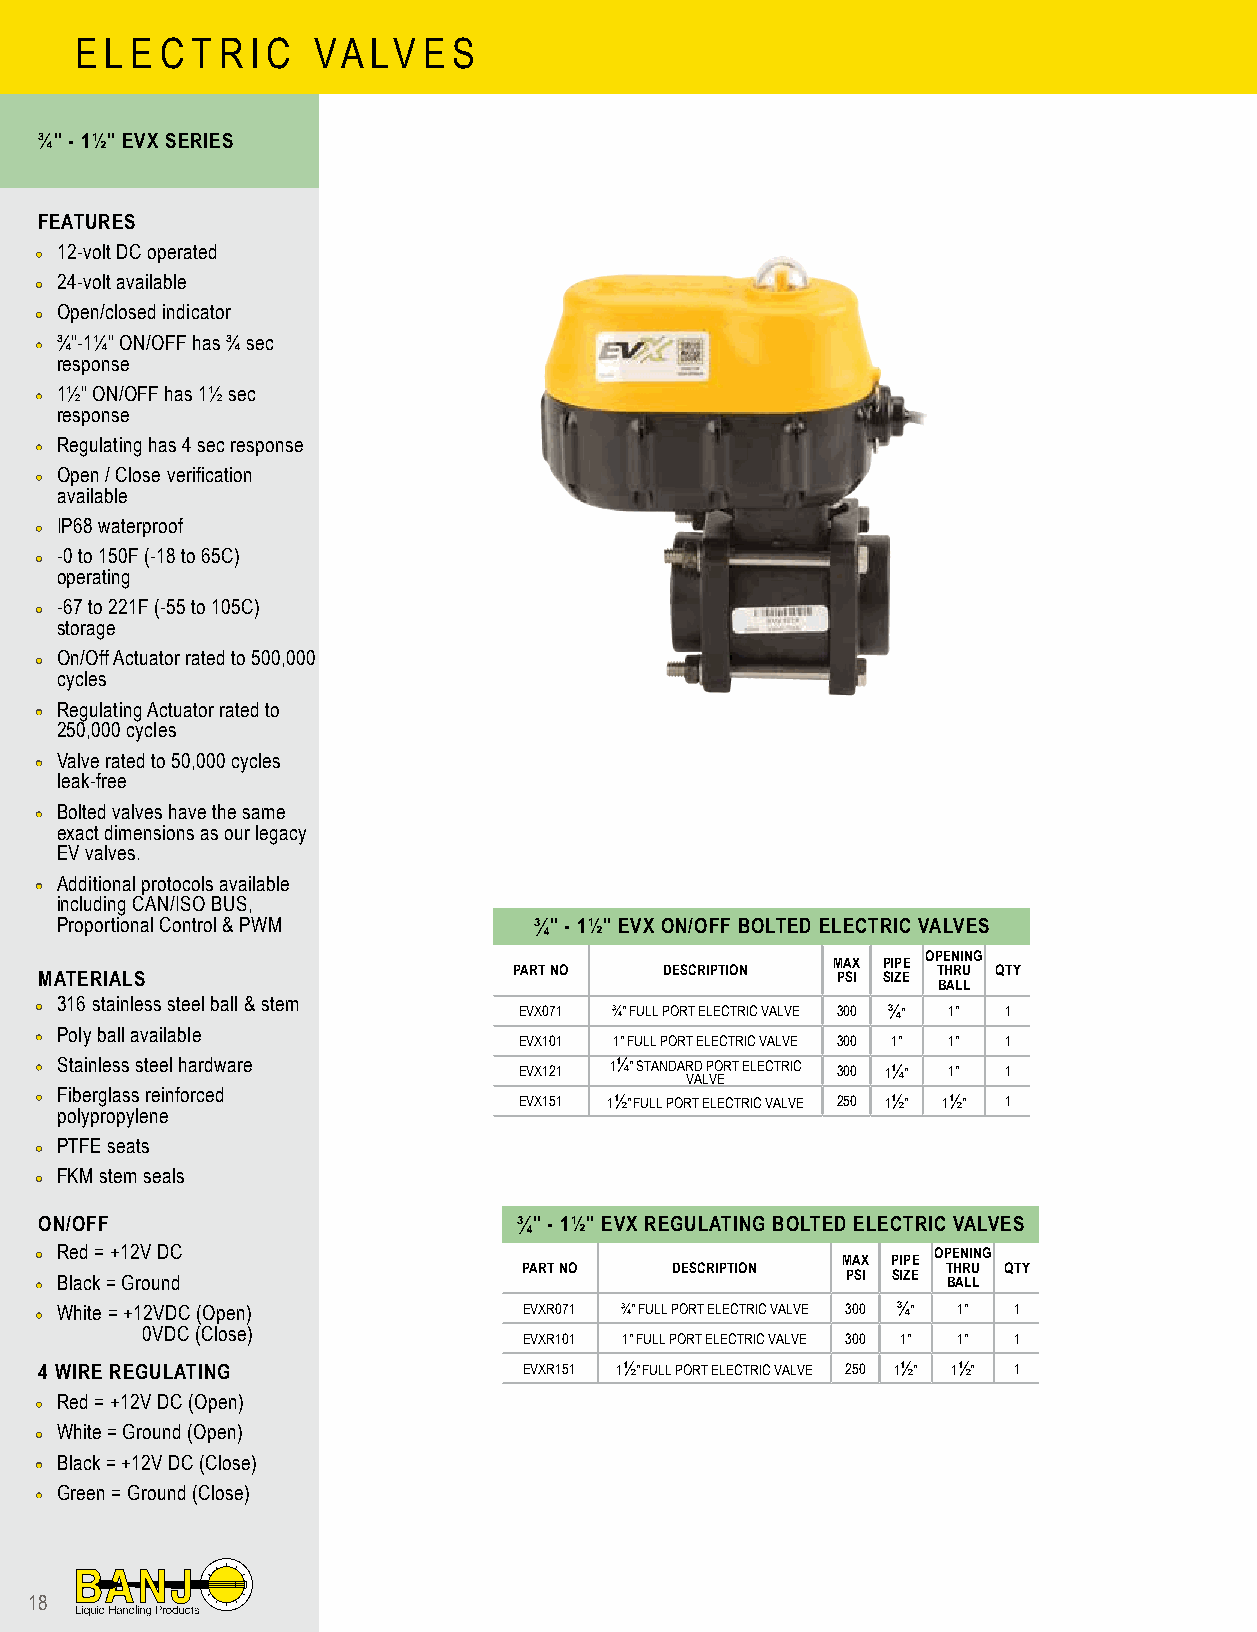
E L E C T R I C VA LV  E S
 ¾" - 1½" EVX SERIES
 FEATURES
 •• 12-volt DC operated
 •• 24-volt available
 •• Open/closed indicator
 •• ¾"-1¼" ON/OFF has ¾ sec
 response
 •• 1½" ON/OFF has 1½ sec
 response
 •• Regulating has 4 sec response
 •• Open / Close verification
 available
 •• IP68 waterproof
 •• -0 to 150F (-18 to 65C)
 operating
 •• -67 to 221F (-55 to 105C)
 storage
 •• On/Off Actuator rated to 500,000
 cycles
 •• Regulating Actuator rated to
 250,000 cycles
 •• Valve rated to 50,000 cycles
 leak-free
 •• Bolted valves have the same
 exact dimensions as our legacy
 EV valves.
 •• Additional protocols available
 including CAN/ISO BUS,
 Proportional Control & PWM     ¾" - 1½" EVX ON/OFF BOLTED ELECTRIC VALVES
 OPENING
 MAX PIPE
 PART NO   DESCRIPTION       THRU QTY
 MATERIALS                                           PSI SIZE
 BALL
 •• 316 stainless steel ball & stem EVX071 ¾" FULL PORT ELECTRIC VALVE 300 ¾" 1" 1
 •• Poly ball available          EVX101 1" FULL PORT ELECTRIC VALVE 300 1" 1" 1
 •• Stainless steel hardware     EVX121 1¼" STANDAR VD
 AL
 P VO ERT ELECTRIC 300 1¼" 1" 1
 •• Fiberglass reinforced        EVX151 1½" FULL PORT ELECTRIC VALVE 250 1½" 1½" 1
 polypropylene
 •• PTFE seats
 •• FKM stem seals
 ON/OFF                         ¾" - 1½" EVX REGULATING BOLTED ELECTRIC VALVES
 •• Red = +12V DC                                      MAX PIPE OPENING
 PART NO  DESCRIPTION        THRU QTY
 •• Black = Ground                                     PSI SIZE BALL
 •• White = +12VDC (Open)         EVXR071 ¾" FULL PORT ELECTRIC VALVE 300 ¾" 1" 1
 0VDC (Close)
 EVXR101 1" FULL PORT ELECTRIC VALVE 300 1" 1" 1
 4 WIRE REGULATING               EVXR151 1½" FULL PORT ELECTRIC VALVE 250 1½" 1½" 1
 •• Red = +12V DC (Open)
 •• White = Ground (Open)
 •• Black = +12V DC (Close)
 •• Green = Ground (Close)
 18